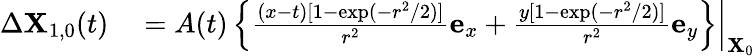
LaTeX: \begin{array}{rl}{\Delta\mathbf{X}_{1,0}(t)}&{{}=\left.A(t)\left\{ \frac{(x-t)[1-\exp(-r^{2}/2)]}{r^{2}}\mathbf{e}_{x}+\frac{y[1-\exp(-r^{2}/2)]}{r^{2}}\mathbf{e}_{y}\right\} \right\vert_{\mathbf{X}_{0}}}\end{array}